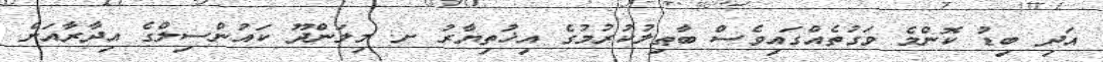
އަދި ބިޑު ކޮންމެ ވަގުތެއްގައިވެސް ބާޠިލުކުރުމުގެ އިޚުތިޔާރު ށ. މިލަންދޫ ކައުންސިލްގެ އިދާރާއަށް